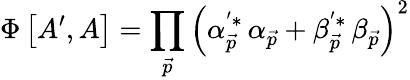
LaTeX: \Phi\left[A^{\prime},A\right]=\prod_{\vec{p}}\left(\alpha_{\vec{p}}^{^{\prime}*}\, \alpha_{\vec{p}}+\beta_{\vec{p}}^{^{\prime}*}\, \beta_{\vec{p}}\right)^{2}